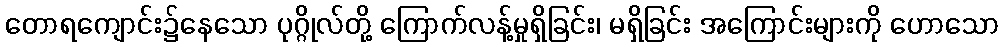
တောရကျောင်း၌နေသော ပုဂ္ဂိုလ်တို့ ကြောက်လန့်မှုရှိခြင်း၊ မရှိခြင်း အကြောင်းများကို ဟောသော